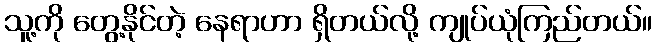
သူ့ကို တွေ့နိုင်တဲ့ နေရာဟာ ရှိတယ်လို့ ကျုပ်ယုံကြည်တယ်။